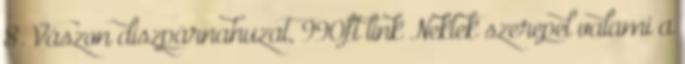
8. Vászon díszpárnahuzat, 990ft link Nektek szerepel valami a